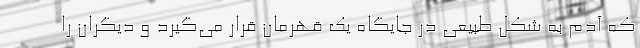
که آدم به شکل طبیعی در جایگاه یک قهرمان قرار می‌گیرد و دیگران را